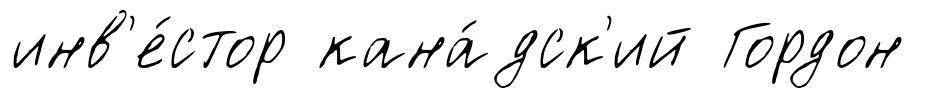
инв'е́стор кана́дск'ий Гордон